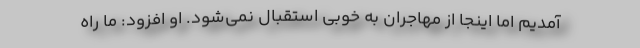
آمدیم اما اینجا از مهاجران به خوبی استقبال نمی‌شود. او افزود: ما راه